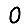
Digit: 0